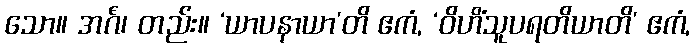
သော။ အင်္ဂံ၊ တည်း။ ‘ယာပနာယာ’တိ ဧကံ, ‘ဝိဟိံသူပရတိယာတိ’ ဧကံ,